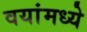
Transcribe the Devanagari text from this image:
वयांमध्ये